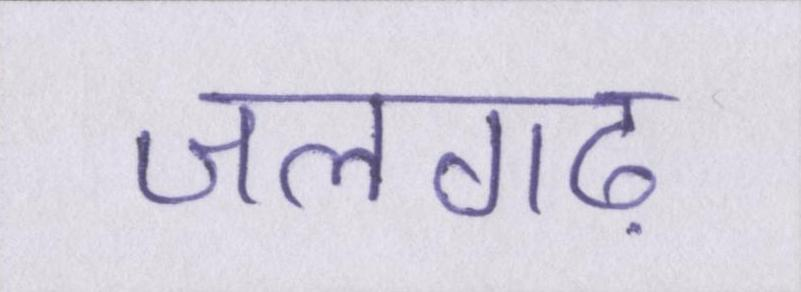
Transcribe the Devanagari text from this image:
जलगढ़